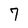
Character: 7